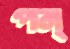
পন্